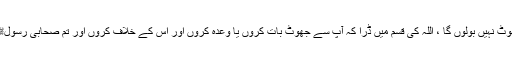
وہ بولا کہ اللہ کی قسم میں تم سے جھوٹ نہیں بولوں گا ، اللہ کی قسم میں ڈرا کہ آپ سے جھوٹ بات کروں یا وعدہ کروں اور اس کے خلاف کروں اور تم صحابی رسولﷺ ہو، اور اللہ کی قسم میں محتاج ہوں۔